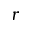
\boldsymbol { r }